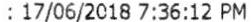
: 17/06/2018 7:36:12 PM